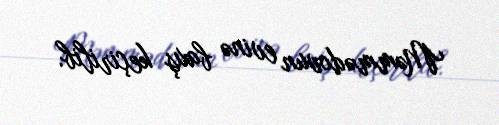
Məmmədovun evinə baxış keçirilib.